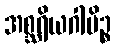
အစ္ဆရိယဂါမိဉ္စ